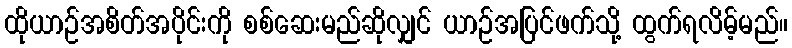
ထိုယာဉ်အစိတ်အပိုင်းကို စစ်ဆေးမည်ဆိုလျှင် ယာဉ်အပြင်ဖက်သို့ ထွက်ရလိမ့်မည်။